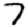
Digit: 7